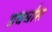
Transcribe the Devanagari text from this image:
प्रवर्धास